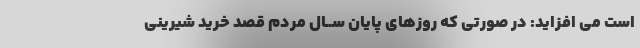
است مى افزاید: در صورتى که روزهاى پایان ســال مردم قصد خرید شیرینى